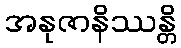
အနုဇာနိဿန္တိ